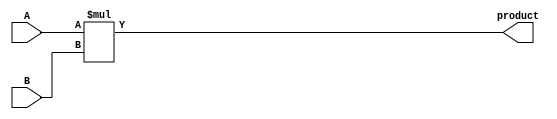
module signed_multiplier (
    input signed [7:0] A,
    input signed [7:0] B,
    output signed [15:0] product
);

reg signed [15:0] product_reg;

always @(*) begin
    product_reg = A * B;
end

assign product = product_reg;

endmodule